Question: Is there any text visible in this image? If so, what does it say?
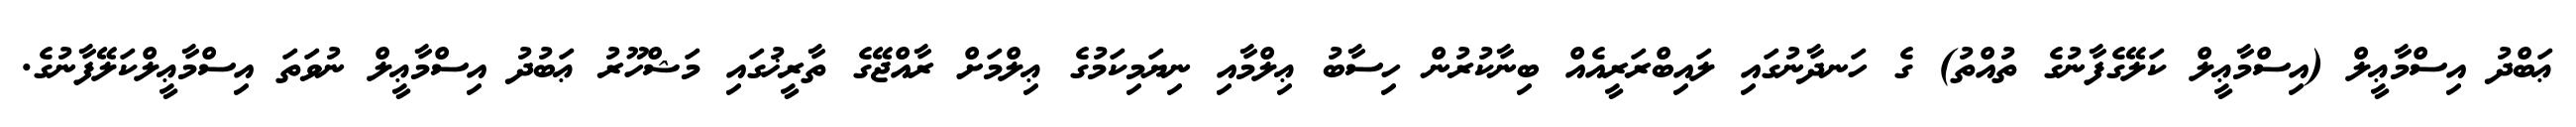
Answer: ޢަބްދު އިސްމާޢީލް (އިސްމާޢީލް ކަލޭގެފާނުގެ ތުއްތު) ގެ ހަނދާނުގައި ލައިބްރަރީއެއް ބިނާކުރުން ހިސާބު ޢިލްމާއި ނިޔަމިކަމުގެ ޢިލްމަށް ރާއްޖޭގެ ތާރީޚުގައި މަޝްހޫރު ޢަބުދު އިސްމާޢީލް ނުވަތަ އިސްމާޢީލްކަލޭފާނުގެ.